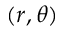
( r , \theta )